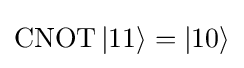
{\textstyle \operatorname {CNOT} |11\rangle =|10\rangle }